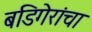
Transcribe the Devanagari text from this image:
बडिगेरांचा